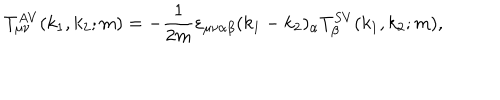
T _ { \mu \nu } ^ { A V } ( k _ { 1 } , k _ { 2 } ; m ) = - \frac { 1 } { 2 m } \varepsilon _ { \mu \nu \alpha \beta } ( k _ { 1 } - k _ { 2 } ) _ { \alpha } T _ { \beta } ^ { S V } ( k _ { 1 } , k _ { 2 } ; m ) ,